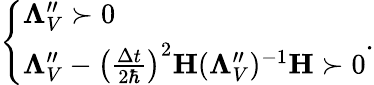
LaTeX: \left\{ \begin{array}{ll}{\mathbf\Lambda_{V}^{\prime\prime}\succ 0}\\ {\mathbf\Lambda_{V}^{\prime\prime}-\left(\frac{\Delta t}{2\hbar}\right)^{2}\mathbf H(\mathbf\Lambda_{V}^{\prime\prime})^{-1}\mathbf H\succ 0}\end{array}\right..